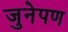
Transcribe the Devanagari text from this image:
जुनेपण